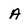
Character: A